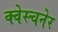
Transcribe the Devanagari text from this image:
क्वेस्चनेर